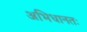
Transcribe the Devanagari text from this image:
अभिधानतः